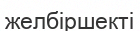
желбіршекті